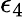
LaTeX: \epsilon_{4}